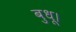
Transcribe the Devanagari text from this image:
बुधू।